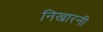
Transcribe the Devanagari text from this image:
निखारनी